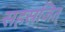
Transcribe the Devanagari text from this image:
सहस्रजित्